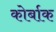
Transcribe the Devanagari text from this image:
कोर्बाक